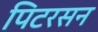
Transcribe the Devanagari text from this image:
पिटरसन